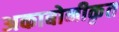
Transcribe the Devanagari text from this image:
अकाबोनीकृत